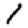
Digit: 1